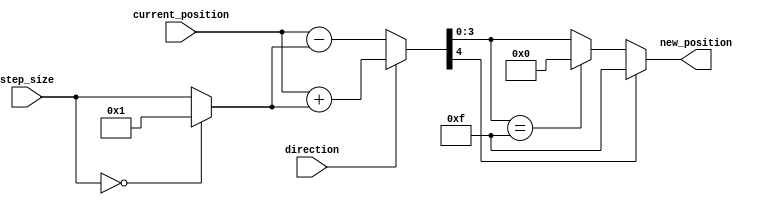
module relative_encoder #(
    parameter N = 4  // Number of bits for position (adjust as needed)
)(
    input  [N-1:0] current_position,  // Current Position (N bits)
    input          direction,          // Direction Signal (1 bit)
    input  [N-1:0] step_size,          // Step Size (N bits)
    output [N-1:0] new_position         // New Position (N bits)
);

    // Default step size is 1 if not provided
    wire [N-1:0] step_size_actual = (step_size == 0) ? 1 : step_size;

    // Calculate new position
    wire [N:0] new_position_temp; // Using N+1 bits to handle overflow

    // If direction is 1 (clockwise), add step_size; if 0 (counterclockwise), subtract step_size
    assign new_position_temp = (direction) ? 
                                {1'b0, current_position} + {1'b0, step_size_actual} : 
                                {1'b0, current_position} - {1'b0, step_size_actual};

    // Handle wrap-around conditions
    assign new_position = (new_position_temp[N] == 1'b1) ?  // Check for overflow
                          {N{1'b1}} :  // Wrap-around to maximum value (all bits 1)
                          (new_position_temp[N-1:0] == {N{1'b1}}) ? 
                          {N{1'b0}} :  // Wrap-around to minimum value (all bits 0)
                          new_position_temp[N-1:0];

endmodule